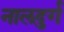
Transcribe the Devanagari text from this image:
नालदुर्ग